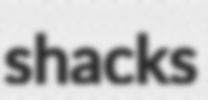
shacks